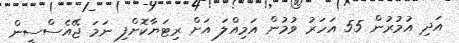
އަދި އުމުރުން 55 އަހަރު ވުމުން އަމިއްލަ އަށް ރިޓަޔާކޮށްފި ނަމަ ޖޭއެސްސީން